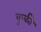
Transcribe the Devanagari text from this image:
कुर्वते